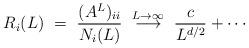
LaTeX: \begin{align*}R_i(L) ~=~ \frac{(A^L)_{ii}}{N_i(L)} ~ \stackrel{L\rightarrow \infty}{\longrightarrow} ~ \frac{c}{L^{d/2}} + \cdots\end{align*}